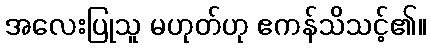
အလေးပြုသူ မဟုတ်ဟု ဧကန်သိသင့်၏။